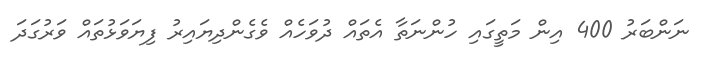
ނަންބަރު 400 އިން މަތީގައި ހުންނަތާ އެތައް ދުވަހެއް ވެގެންދިޔައިރު ފިޔަވަޅުތައް ވަރުގަދަ